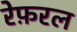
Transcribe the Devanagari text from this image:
रेफ़रल